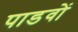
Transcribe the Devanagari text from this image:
पाडवों